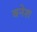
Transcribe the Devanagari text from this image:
बनेश